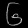
Digit: ၆